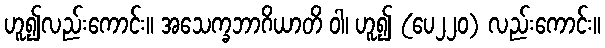
ဟူ၍လည်းကောင်း။ အသေက္ခဘာဂိယာတိ ဝါ၊ ဟူ၍ (ပေ၂၂၀) လည်းကောင်း။